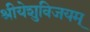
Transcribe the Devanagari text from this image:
श्रीयेशुविजयम्